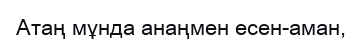
Атаң мұнда анаңмен есен-аман,